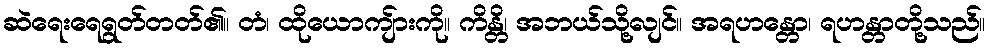
ဆဲရေးရေရွတ်တတ်၏။ တံ၊ ထိုယောကျ်ားကို။ ကိန္တိ၊ အဘယ်သို့လျင်။ အရဟန္တော၊ ရဟန္တာတို့သည်။